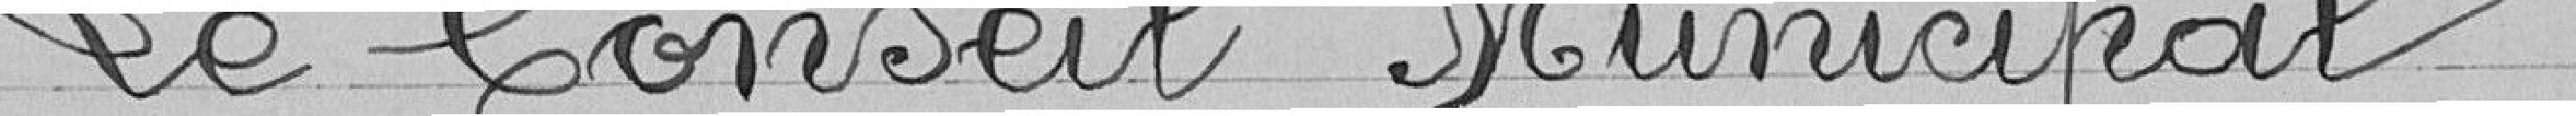
Le Conseil Municipal,